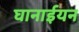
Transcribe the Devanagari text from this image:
घानाईयन